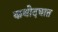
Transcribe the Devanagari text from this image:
कथोदघात